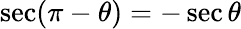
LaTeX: \sec(\pi-\theta)=-\sec\theta